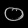
Digit: ၀